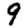
Digit: 9